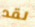
لقد